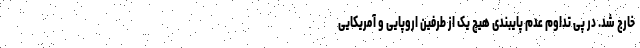
خارج شد. در پی تداوم عدم پایبندی هیچ یک از طرفین اروپایی و آمریکایی